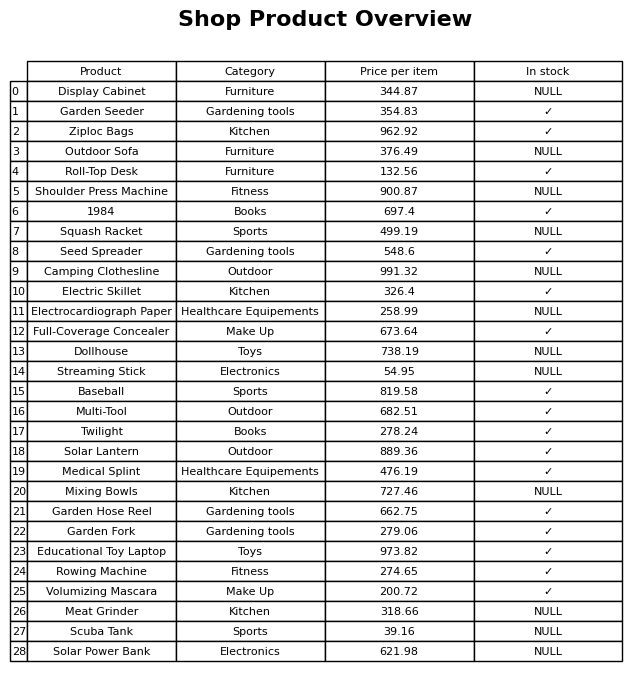
question: What is the price of the Ziploc Bags?
answer: The price of Ziploc Bags is 962.92.